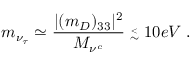
m _ { \nu _ { \tau } } \simeq \frac { | ( m _ { D } ) _ { 3 3 } | ^ { 2 } } { M _ { \nu ^ { c } } } \stackrel { _ < } { _ \sim } 1 0 e V \; .